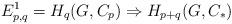
LaTeX: \begin{align*}E^{1}_{p,q} = H_{q}(G, C_{p}) \Rightarrow H_{p+q}(G, C_{*}) \end{align*}